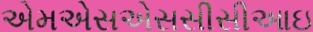
એમએસએસસીસીઆઇ